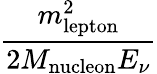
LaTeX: \frac{m_{\mathrm{lepton}}^{2}}{2M_{\mathrm{nucleon}}E_{\nu}}